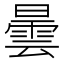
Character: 曇